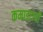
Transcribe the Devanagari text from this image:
कमाइटाची